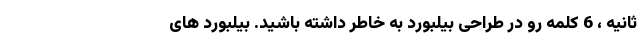
ثانیه ، 6 کلمه رو در طراحی بیلبورد به خاطر داشته باشید. بیلبورد های